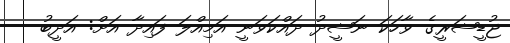
ޖުޑީޝަރީގެ ވާހަކަ ނަޝީދު ދައްކަވަނީ އަމިއްލަ ފައިދާ އަށް: އަދީބު